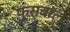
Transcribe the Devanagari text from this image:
फुसबॉल